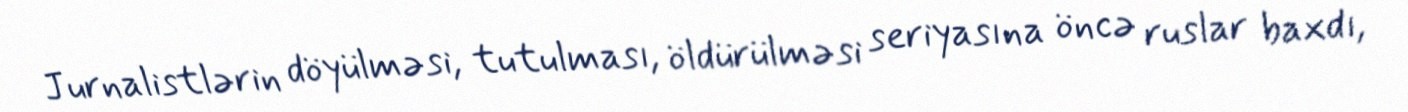
Jurnalistlərin döyülməsi, tutulması, öldürülməsi seriyasına öncə ruslar baxdı,